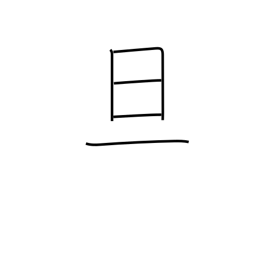
Meaning: dawn